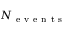
N _ { \mathrm { ~ e ~ v ~ e ~ n ~ t ~ s ~ } }